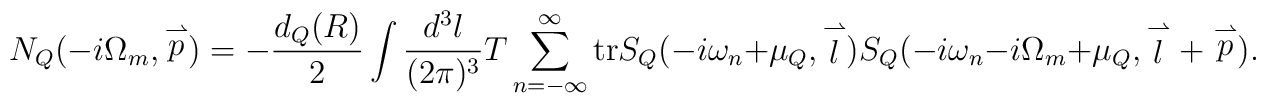
N_{Q}(-i\Omega_m, \stackrel{\rightharpoonup}{p})=-\frac{d_Q(R)}{2}\int \frac{d^3l}{(2\pi)^3} T\sum_{n=-\infty}^{\infty}{\rm tr} S_Q(-i\omega_n+\mu_Q, \stackrel{\rightharpoonup}{l}) S_Q(-i\omega_n-i\Omega_m+\mu_Q, \stackrel{\rightharpoonup}{l} +                                 \stackrel{\rightharpoonup}{p}).